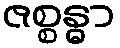
ဇစ္စန္ဓာ